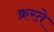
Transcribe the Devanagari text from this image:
क्ररते